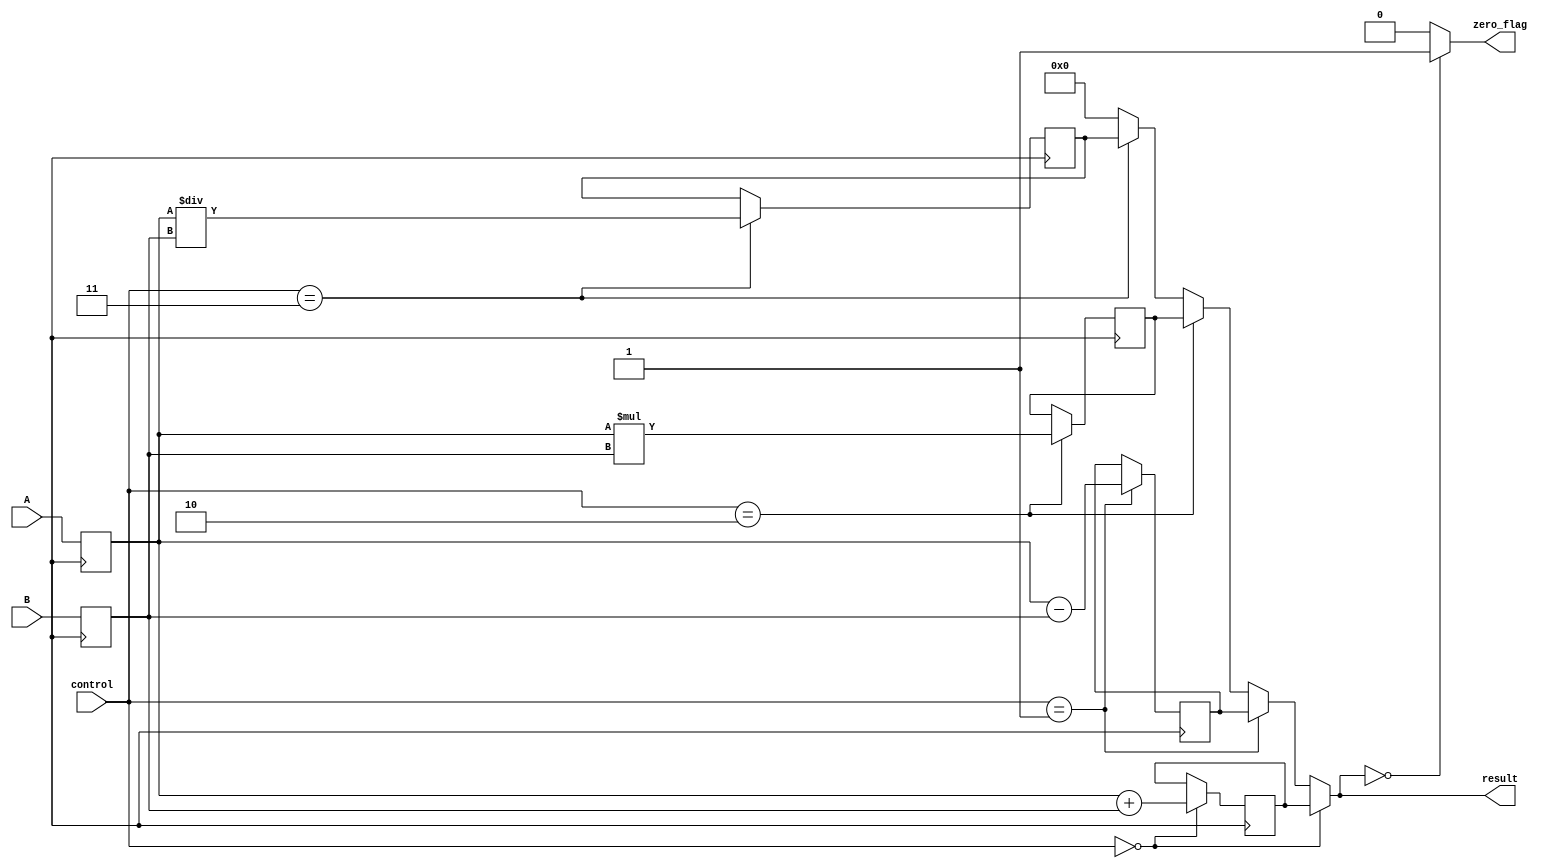
module ALU (input [15:0] A, B, input [2:0] control, output reg [15:0] result, output reg zero_flag);

// Arithmetic blocks
reg [15:0] sum;
reg [15:0] difference;
reg [15:0] product;
reg [15:0] quotient;

// Input and output registers
reg [15:0] reg_A = 0;
reg [15:0] reg_B = 0;

always @(posedge clock) begin
    reg_A <= A;
    reg_B <= B;
    
    case (control)
        3'b000: begin // Addition operation
            sum <= reg_A + reg_B;
        end
        
        3'b001: begin // Subtraction operation
            difference <= reg_A - reg_B;
        end
        
        3'b010: begin // Multiplication operation
            product <= reg_A * reg_B;
        end
        
        3'b011: begin // Division operation
            quotient <= reg_A / reg_B;
        end
    endcase
end

// Carry-lookahead logic
reg [16:0] carry_lookahead;
assign result = (control == 3'b000) ? sum :
                (control == 3'b001) ? difference :
                (control == 3'b010) ? product :
                (control == 3'b011) ? quotient : 16'b0;
                
// Zero flag
always @* begin
    zero_flag = (result == 16'b0) ? 1'b1 : 1'b0;
end

endmodule